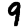
Digit: 9